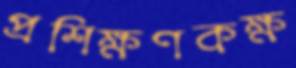
প্রশিক্ষণকক্ষ